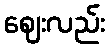
ဈေးလည်း